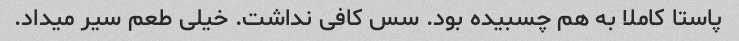
پاستا کاملا به هم چسبیده بود. سس کافی نداشت. خیلی طعم سیر میداد.